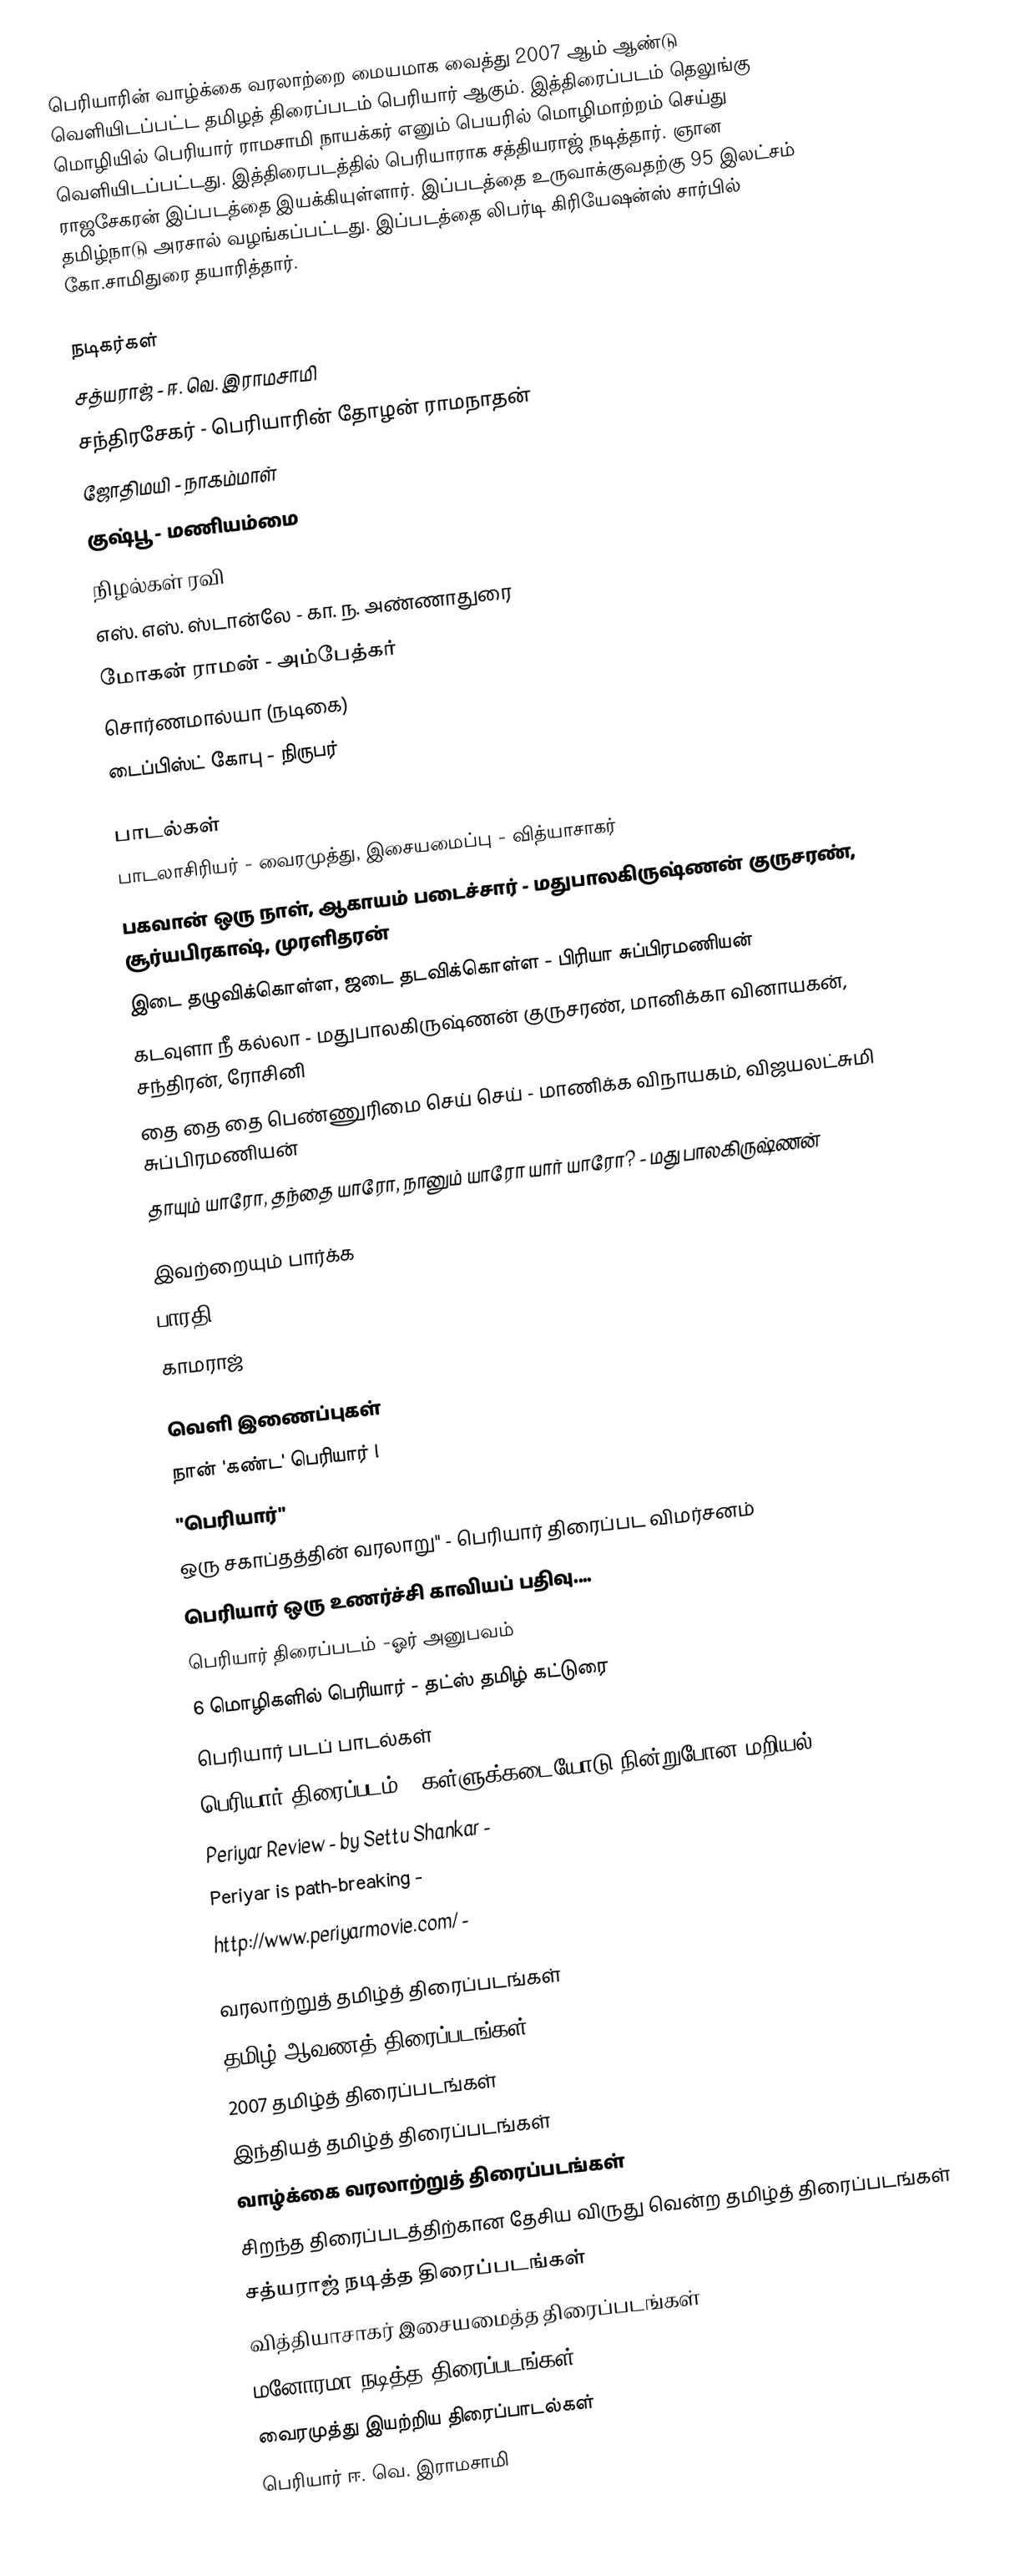
பெரியாரின் வாழ்க்கை வரலாற்றை மையமாக வைத்து 2007 ஆம் ஆண்டு வெளியிடப்பட்ட தமிழத் திரைப்படம் பெரியார் ஆகும். இத்திரைப்படம் தெலுங்கு மொழியில் பெரியார் ராமசாமி நாயக்கர் எனும் பெயரில் மொழிமாற்றம் செய்து வெளியிடப்பட்டது. இத்திரைபடத்தில் பெரியாராக சத்தியராஜ் நடித்தார்.  ஞான ராஜசேகரன் இப்படத்தை இயக்கியுள்ளார்.  இப்படத்தை உருவாக்குவதற்கு 95 இலட்சம் தமிழ்நாடு அரசால் வழங்கப்பட்டது. இப்படத்தை லிபர்டி கிரியேஷன்ஸ் சார்பில் கோ.சாமிதுரை தயாரித்தார்.

நடிகர்கள்
சத்யராஜ் - ஈ. வெ. இராமசாமி
சந்திரசேகர் - பெரியாரின் தோழன் ராமநாதன்
ஜோதிமயி - நாகம்மாள்
குஷ்பூ - மணியம்மை
 நிழல்கள் ரவி
எஸ். எஸ். ஸ்டான்லே - கா. ந. அண்ணாதுரை
மோகன் ராமன் -  அம்பேத்கர்
சொர்ணமால்யா (நடிகை)
டைப்பிஸ்ட் கோபு - நிருபர்

பாடல்கள்
பாடலாசிரியர் - வைரமுத்து, இசையமைப்பு - வித்யாசாகர்
 பகவான் ஒரு நாள், ஆகாயம் படைச்சார் - மதுபாலகிருஷ்ணன் குருசரண், சூர்யபிரகாஷ், முரளிதரன்
 இடை தழுவிக்கொள்ள, ஜடை தடவிக்கொள்ள - பிரியா சுப்பிரமணியன்
 கடவுளா நீ கல்லா - மதுபாலகிருஷ்ணன் குருசரண், மானிக்கா வினாயகன், சந்திரன், ரோசினி
 தை தை தை பெண்ணுரிமை செய் செய் - மாணிக்க விநாயகம், விஜயலட்சுமி சுப்பிரமணியன்
 தாயும் யாரோ, தந்தை யாரோ, நானும் யாரோ யார் யாரோ? - மது பாலகிருஷ்ணன்

இவற்றையும் பார்க்க
 பாரதி
 காமராஜ்

வெளி இணைப்புகள்
 நான் 'கண்ட' பெரியார் !
 "பெரியார்"
 ஒரு சகாப்தத்தின் வரலாறு" - பெரியார் திரைப்பட விமர்சனம்
 பெரியார் ஒரு உணர்ச்சி காவியப் பதிவு....
 பெரியார் திரைப்படம் -ஓர் அனுபவம்
 6 மொழிகளில் பெரியார் - தட்ஸ் தமிழ் கட்டுரை
 பெரியார் படப் பாடல்கள்
 பெரியார் திரைப்படம் - கள்ளுக்கடையோடு நின்றுபோன மறியல்
  Periyar Review - by Settu Shankar -
 Periyar is path-breaking -
 http://www.periyarmovie.com/  -

வரலாற்றுத் தமிழ்த் திரைப்படங்கள்
தமிழ் ஆவணத் திரைப்படங்கள்
2007 தமிழ்த் திரைப்படங்கள்
இந்தியத் தமிழ்த் திரைப்படங்கள்
வாழ்க்கை வரலாற்றுத் திரைப்படங்கள்
சிறந்த திரைப்படத்திற்கான தேசிய விருது வென்ற தமிழ்த் திரைப்படங்கள்
சத்யராஜ் நடித்த திரைப்படங்கள்
வித்தியாசாகர் இசையமைத்த திரைப்படங்கள்
மனோரமா நடித்த திரைப்படங்கள்
வைரமுத்து இயற்றிய திரைப்பாடல்கள்
பெரியார் ஈ. வெ. இராமசாமி